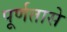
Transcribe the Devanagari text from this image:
पूर्णतासे